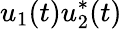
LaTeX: u_{1}(t)u_{2}^{*}(t)